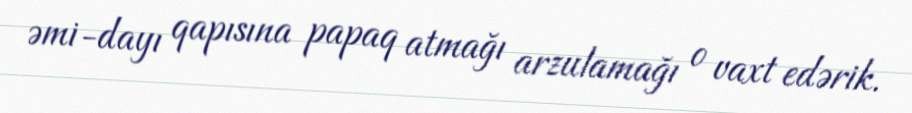
əmi-dayı qapısına papaq atmağı arzulamağı o vaxt edərik.